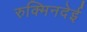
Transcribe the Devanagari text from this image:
रुक्मिनदेई